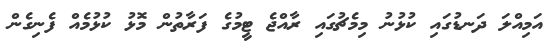
އަމިއްލަ ދަނޑުގައި ކުޅުނު މިމެޗުގައި ރާއްޖެ ޓީމުގެ ފަރާތުން މޮޅު ކުޅުމެއް ފެނިގެން